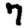
Digit: 7